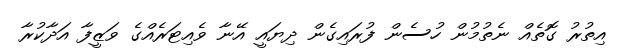
އިތުރު ގޮތެއް ނެތުމުން ހުސެން ފުރައިގެން ދިޔައީ އޭނާ ވެއިޓަރެއްގެ ވަޒީފާ އަދާކުރާ